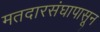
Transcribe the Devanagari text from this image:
मतदारसंघापासून